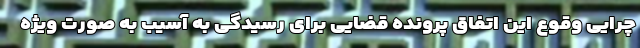
چرایی وقوع این اتفاق پرونده قضایی برای رسیدگی به آسیب به صورت ویژه